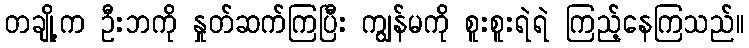
တချို့က ဦးဘကို နှုတ်ဆက်ကြပြီး ကျွန်မကို စူးစူးရဲရဲ ကြည့်နေကြသည်။